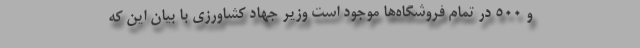
و ۵۰۰ در تمام فروشگاه‌ها موجود است وزیر جهاد کشاورزی با بیان این که